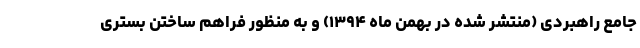
جامع راهبردی (منتشر شده در بهمن ماه ۱۳۹۴) و به منظور فراهم ساختن بستری